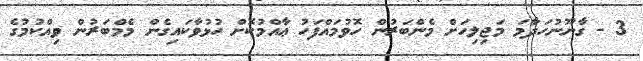
3 - ގާނޫނުހަދާމަ މަޖިލިހަށް މެންބަރުން ހޮވުމައްފަހު ޢާއްމުކޮށް ހުޅުވާކައިގެން މެމްބަރުން ވިއްކުމުގެ